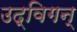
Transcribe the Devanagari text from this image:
उद्विगन्